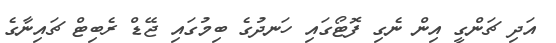
އަދި ޗަންގީ އިން ނެގި ފޮޓޯގައި ހަނދުގެ ބިމުގައި ޖޭޑް ރެބިޓް ޗައިނާގެ